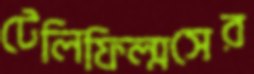
টেলিফিল্মসের